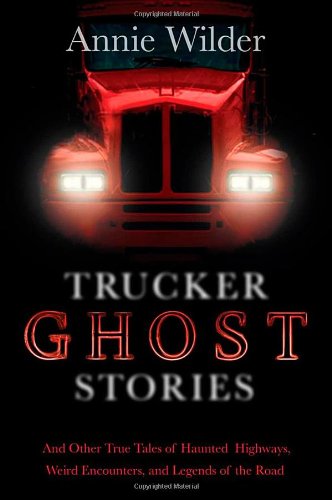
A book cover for Trucker Ghost Stories: And Other True Tales of Haunted Highways, Weird Encounters, and Legends of the Road; Religion & Spirituality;